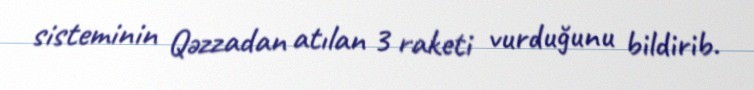
sisteminin Qəzzadan atılan 3 raketi vurduğunu bildirib.